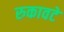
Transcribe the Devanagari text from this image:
रुकावटे